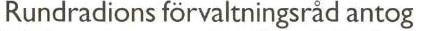
Rundradions förvaltningsråd antog